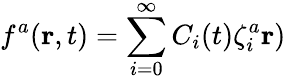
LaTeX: f^{a}({\mathbf r},t)=\sum_{i=0}^{\infty}C_{i}(t)\zeta_{i}^{a}{\mathbf r})